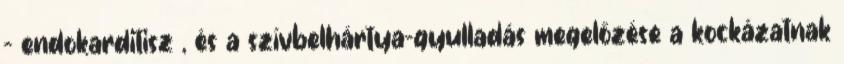
- endokarditisz , és a szívbelhártya-gyulladás megelőzése a kockázatnak